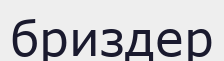
бриздер